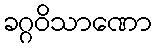
ခဂ္ဂဝိသာဏော